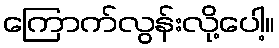
ကြောက်လွန်းလို့ပေါ့။